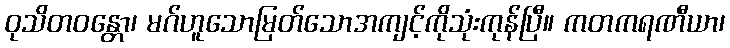
ဝုသိတဝန္တော၊ မဂ်ဟူသောမြတ်သောအကျင့်ကိုသုံးကုန်ပြီ။ ကတကရဏီယာ၊